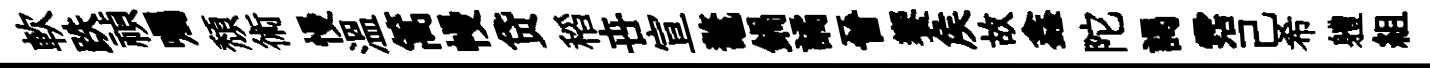
軟跌禎囑頽術慢温篙幔贷稻卋宣鼇鍋譎晉饗矦故鑫陀謁霑己希軆組